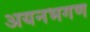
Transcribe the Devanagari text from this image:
अयनभगण